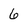
Character: 6